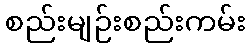
စည်းမျဉ်းစည်းကမ်း